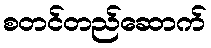
စတင်တည်ဆောက်